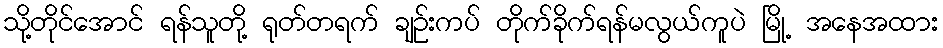
သို့တိုင်အောင် ရန်သူတို့ ရုတ်တရက် ချဉ်းကပ် တိုက်ခိုက်ရန်မလွယ်ကူပဲ မြို့ အနေအထား